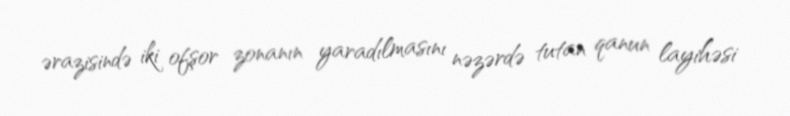
ərazisində iki ofşor zonanın yaradılmasını nəzərdə tutan qanun layihəsi